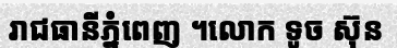
រាជធានីភ្នំពេញ ។លោក ទូច ស៊ុន